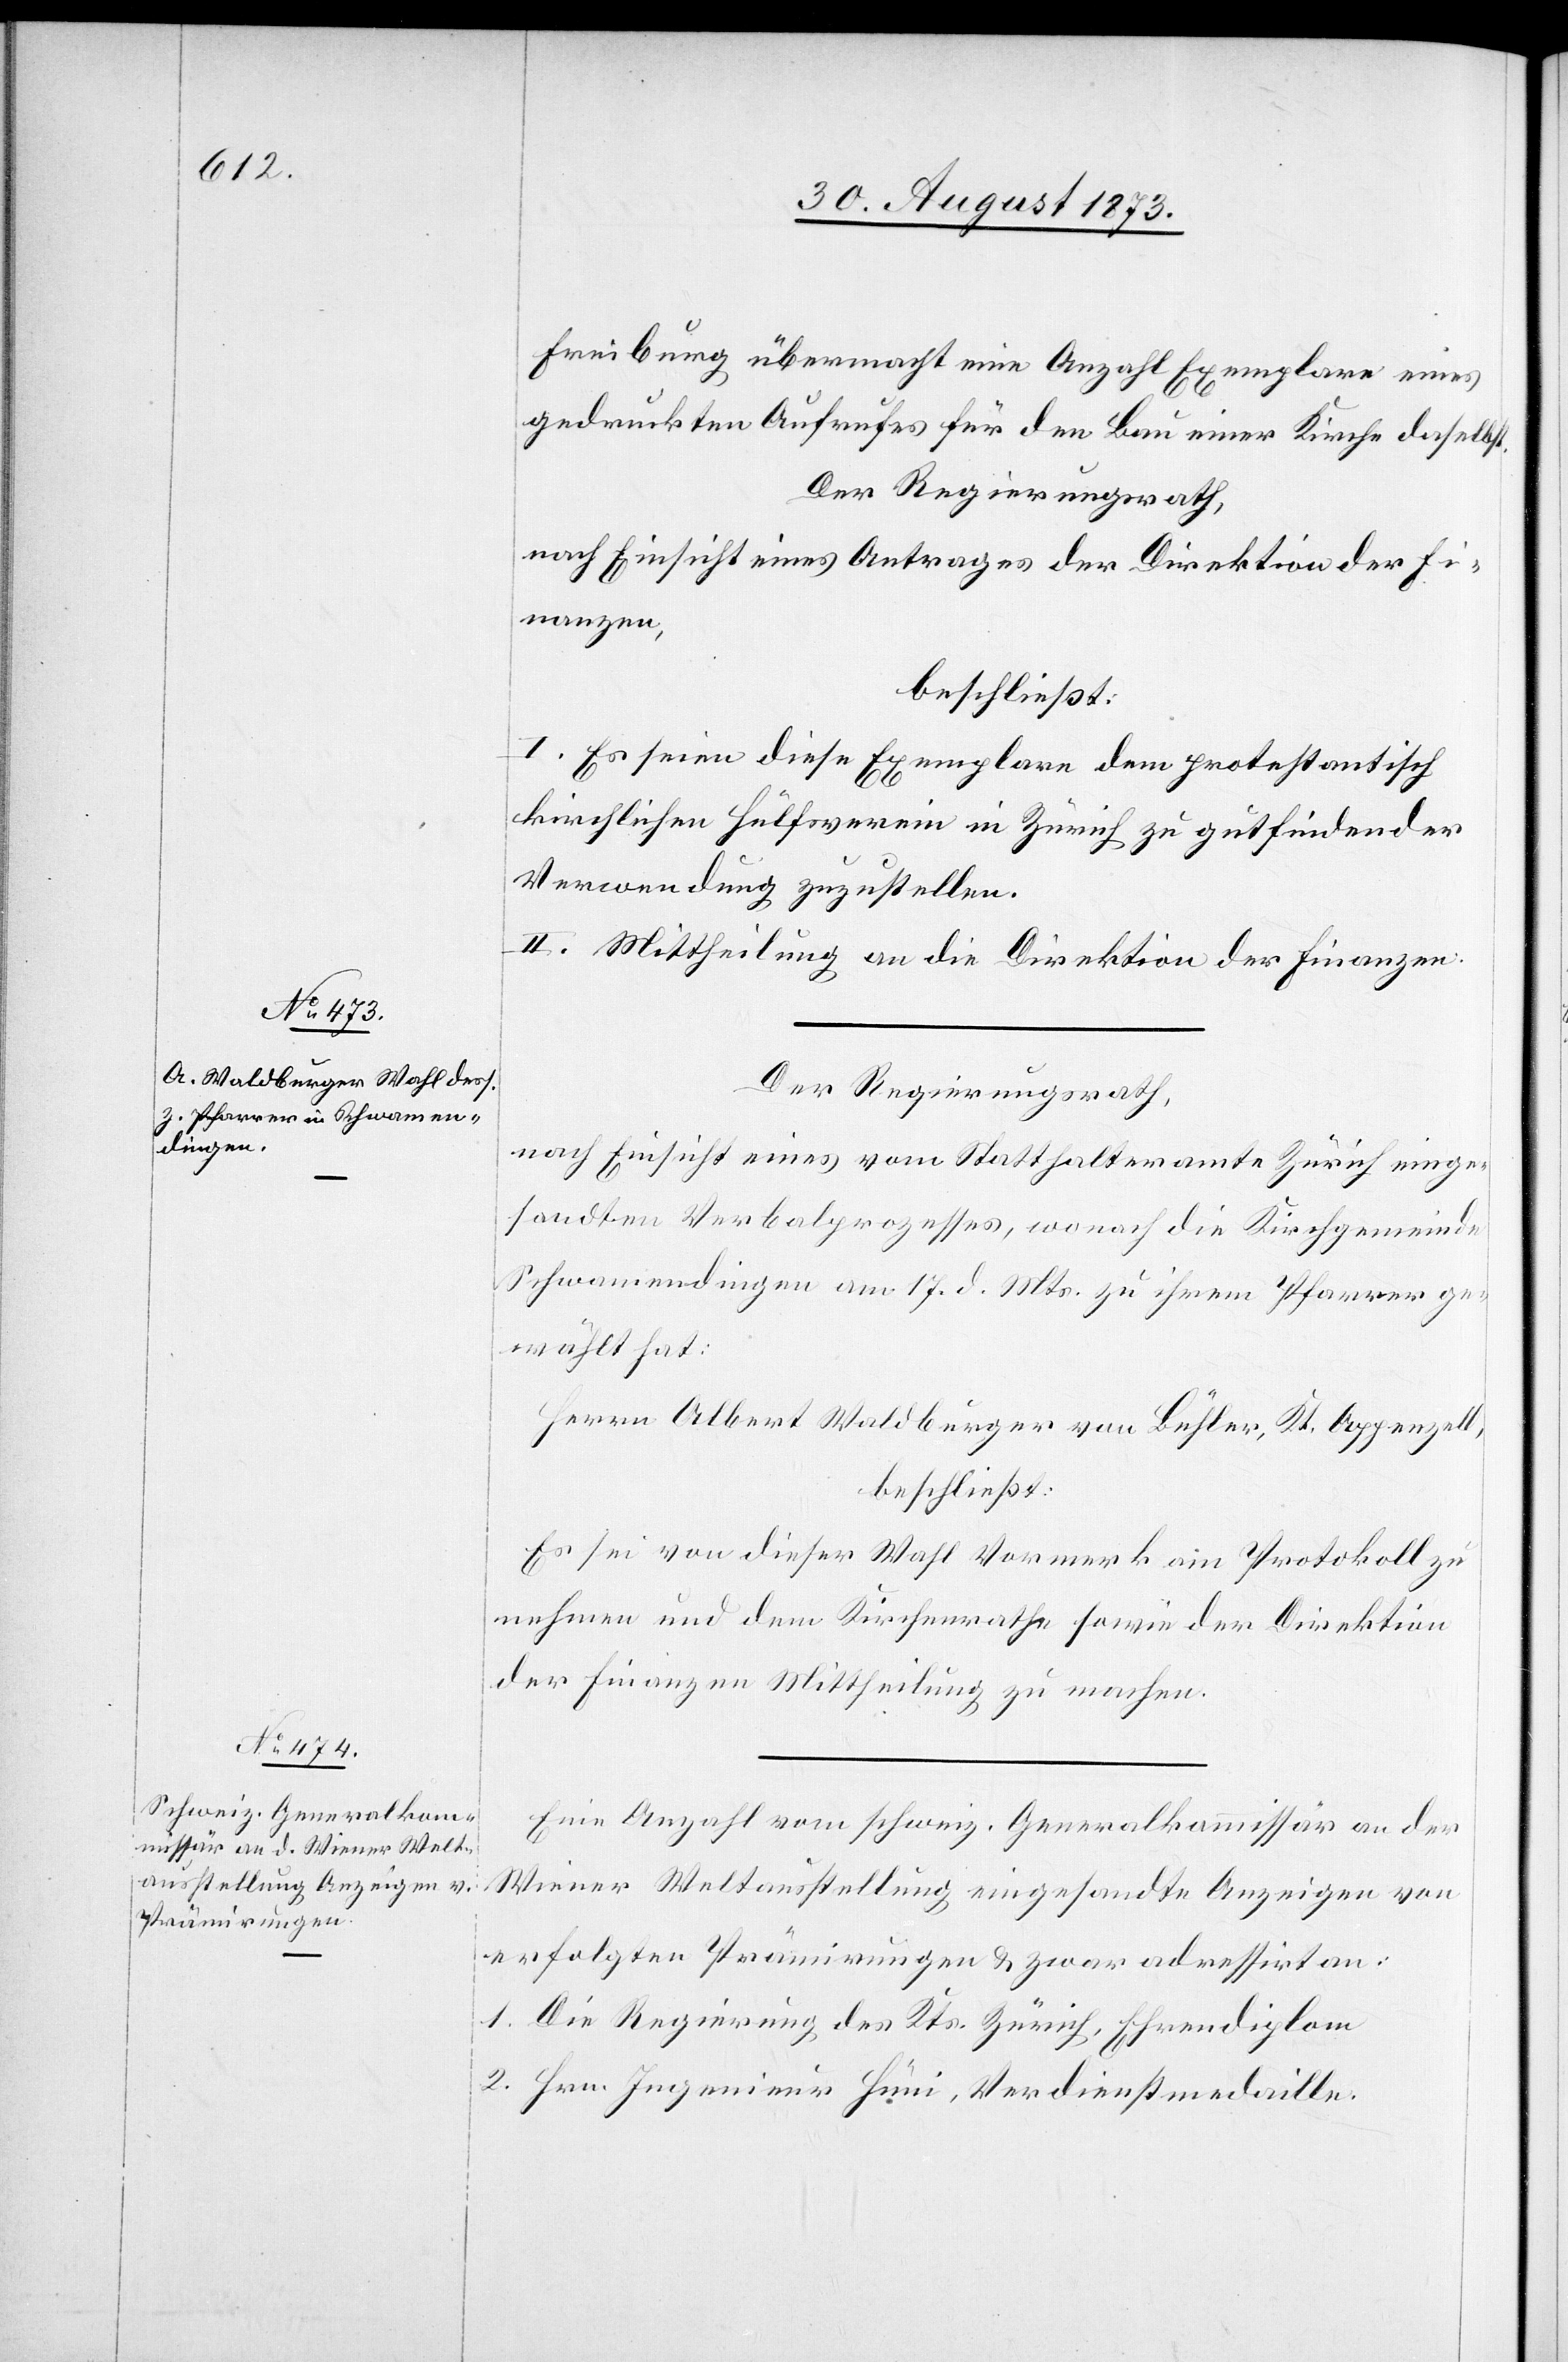
Freiburg übermacht eine Anzahl Exemplare eines
gedruckten Aufrufes für den Bau einer Kirche daselbst.
Der Regierungsrath,
nach Einsicht eines Antrages der Direktion der Fi¬
nanzen,
beschließt:
I. Es seien diese Exemplare dem protestantisch
kirchlichen Hülfsverein in Zürich zu gutfindender
Verwendung zuzustellen.
II. Mittheilung an die Direktion der Finanzen.
Der Regierungsrath,
nach Einsicht eines vom Statthalteramte Zürich einge¬
sandten Verbalprozesses, wonach die Kirchgemeinde
Schwamendingen am 17. d. Mts. zu ihrem Pfarrer ge¬
wählt hat:
Herrn Albert Waldburger von Bühler, Kt. Appenzell,
beschließt:
Es sei von dieser Wahl Vormerk am Protokoll zu
nehmen und dem Kirchenrathe sowie der Direktion
der Finanzen Mittheilung zu machen.
Eine Anzahl vom schweiz. Generalkommissär an der
Wiener Weltausstellung eingesandte Anzeigen von
erfolgten Prämirungen & zwar adressirt an:
1. Die Regierung des Kts. Zürich, Ehrendiplom
2. Hrn. Ingenieur Hüni, Verdienstmedaille.